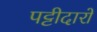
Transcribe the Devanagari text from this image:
पट्टीदारों